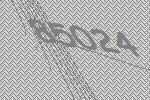
85024